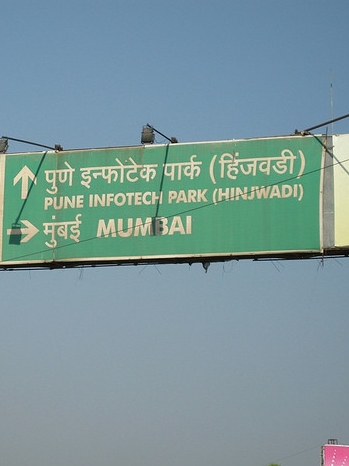
Language: hindi
Transcription: मुंबई हिंजवडी पार्क इंफोटेक पुणे